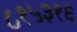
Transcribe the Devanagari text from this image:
८१५३१६